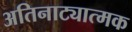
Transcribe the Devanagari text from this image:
अतिनाट्यात्मक